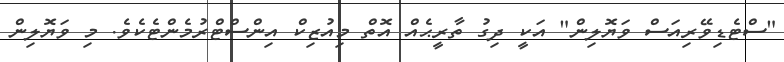
"ސްޓެޑިވޭރިއަސް ވަޔޮލިން" އަކީ ދިގު ތާރީޙެއް އޮތް މިއުޒިކް އިންސްޓްރުމެންޓެކެވެ. މި ވަޔޮލިން